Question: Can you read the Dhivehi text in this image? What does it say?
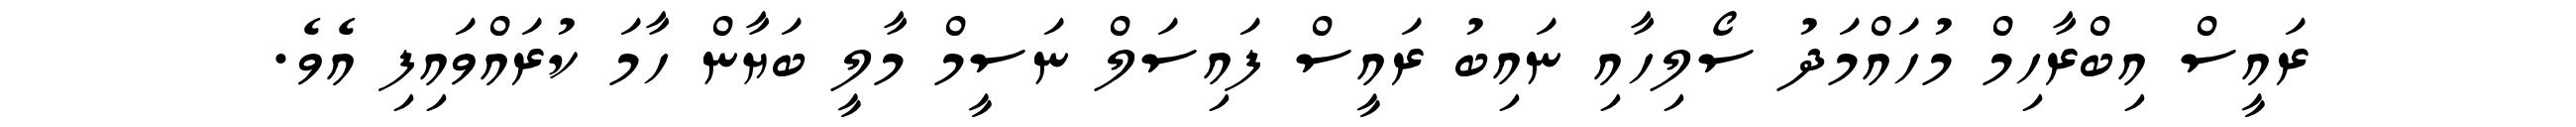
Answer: ރައީސް އިބްރާހިމް މުހައްމަދު ސޯލިހާއި ނައިބު ރައީސް ފައިސަލް ނަސީމް މާލީ ބަޔާން ހާމަ ކުރައްވައިފި އެވެ.